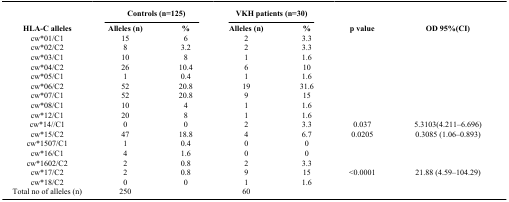
<table><thead><tr><td><b> </b></td><td colspan="2"><b>Controls (n=125)</b></td><td colspan="2"><b>VKH patients (n=30)</b></td><td><b> </b></td><td><b> </b></td></tr></thead><tbody><tr><td><b>HLA-C alleles</b></td><td><b>Alleles (n)</b></td><td><b>%</b></td><td><b>Alleles (n)</b></td><td><b>%</b></td><td><b>p value</b></td><td><b>OD 95%(CI)</b></td></tr><tr><td>cw*01/C1</td><td>15</td><td>6</td><td>2</td><td>3.3</td><td> </td><td> </td></tr><tr><td>cw*02/C2</td><td>8</td><td>3.2</td><td>2</td><td>3.3</td><td> </td><td> </td></tr><tr><td>cw*03/C1</td><td>10</td><td>8</td><td>1</td><td>1.6</td><td> </td><td> </td></tr><tr><td>cw*04/C2</td><td>26</td><td>10.4</td><td>6</td><td>10</td><td> </td><td> </td></tr><tr><td>cw*05/C1</td><td>1</td><td>0.4</td><td>1</td><td>1.6</td><td> </td><td> </td></tr><tr><td>cw*06/C2</td><td>52</td><td>20.8</td><td>19</td><td>31.6</td><td> </td><td> </td></tr><tr><td>cw*07/C1</td><td>52</td><td>20.8</td><td>9</td><td>15</td><td> </td><td> </td></tr><tr><td>cw*08/C1</td><td>10</td><td>4</td><td>1</td><td>1.6</td><td> </td><td> </td></tr><tr><td>cw*12/C1</td><td>20</td><td>8</td><td>1</td><td>1.6</td><td> </td><td> </td></tr><tr><td>cw*14//C1</td><td>0</td><td>0</td><td>2</td><td>3.3</td><td>0.037</td><td>5.3103(4.211–6.696)</td></tr><tr><td>cw*15/C2</td><td>47</td><td>18.8</td><td>4</td><td>6.7</td><td>0.0205</td><td>0.3085 (1.06–0.893)</td></tr><tr><td>cw*1507/C1</td><td>1</td><td>0.4</td><td>0</td><td>0</td><td> </td><td> </td></tr><tr><td>cw*16/C1</td><td>4</td><td>1.6</td><td>0</td><td>0</td><td> </td><td> </td></tr><tr><td>cw*1602/C2</td><td>2</td><td>0.8</td><td>2</td><td>3.3</td><td> </td><td> </td></tr><tr><td>cw*17/C2</td><td>2</td><td>0.8</td><td>9</td><td>15</td><td>&lt;0.0001</td><td>21.88 (4.59–104.29)</td></tr><tr><td>cw*18/C2</td><td>0</td><td>0</td><td>1</td><td>1.6</td><td> </td><td> </td></tr><tr><td>Total no of alleles (n)</td><td>250</td><td> </td><td>60</td><td> </td><td> </td><td> </td></tr></tbody></table>